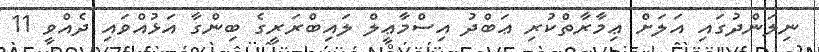
ނިލަންދުގައި އަލަށް ޢިމާރާތްކުރި ޢަބްދު އިސްމާޢީލް ލައިބްރަރީގެ ބިންގާ އަޅުއްވައި ދެއްވީ 11